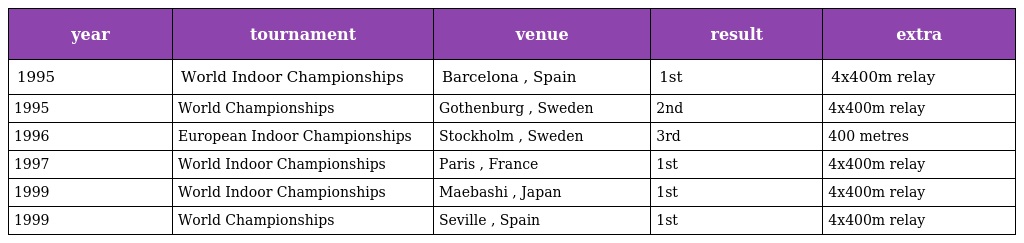
| year | tournament | venue | result | extra |
 | --- | --- | --- | --- | --- |
 | 1995 | World Indoor Championships | Barcelona , Spain | 1st | 4x400m relay |
 | 1995 | World Championships | Gothenburg , Sweden | 2nd | 4x400m relay |
 | 1996 | European Indoor Championships | Stockholm , Sweden | 3rd | 400 metres |
 | 1997 | World Indoor Championships | Paris , France | 1st | 4x400m relay |
 | 1999 | World Indoor Championships | Maebashi , Japan | 1st | 4x400m relay |
 | 1999 | World Championships | Seville , Spain | 1st | 4x400m relay |